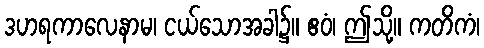
ဒဟရကာလေနာမ၊ ငယ်သောအခါ၌။ ဧဝံ၊ ဤသို့။ ကတိကံ၊